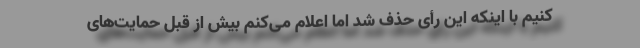
کنیم با اینکه این رأی حذف شد اما اعلام می‌کنم بیش از قبل حمایت‌های